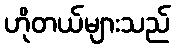
ဟိုတယ်များသည်